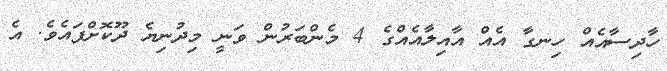
ހާދިސާއެއް ހިނގާ އެއް އާއިލާއެއްގެ 4 މެންބަރުން ވަނީ މިދުނިޔެ ދޫކޮށްފައެވެ. އެ